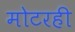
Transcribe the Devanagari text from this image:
मोटरही